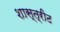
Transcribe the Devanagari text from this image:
शास्त्रीट